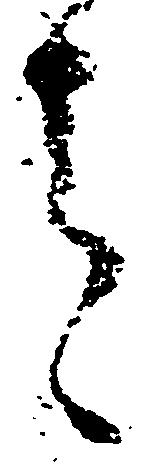
者